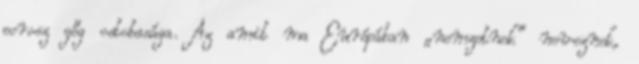
porosz gőg ostobasága. Az amit ma Európában „nemzetnek” neveznek,